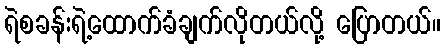
ရဲစခန်းရဲ့ထောက်ခံချက်လိုတယ်လို့ ပြောတယ်။